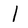
Character: 1